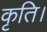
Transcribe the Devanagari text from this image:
कृति।